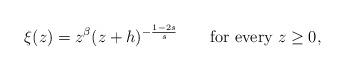
LaTeX: \begin{align*} \xi(z)= z^{\beta}(z+h)^{-\frac{1-2s}{s}}\qquad\text{for every $z\ge 0$,}\end{align*}